Vaccination in Bombay 1874-1876 - 1874-1876
Year: 1874
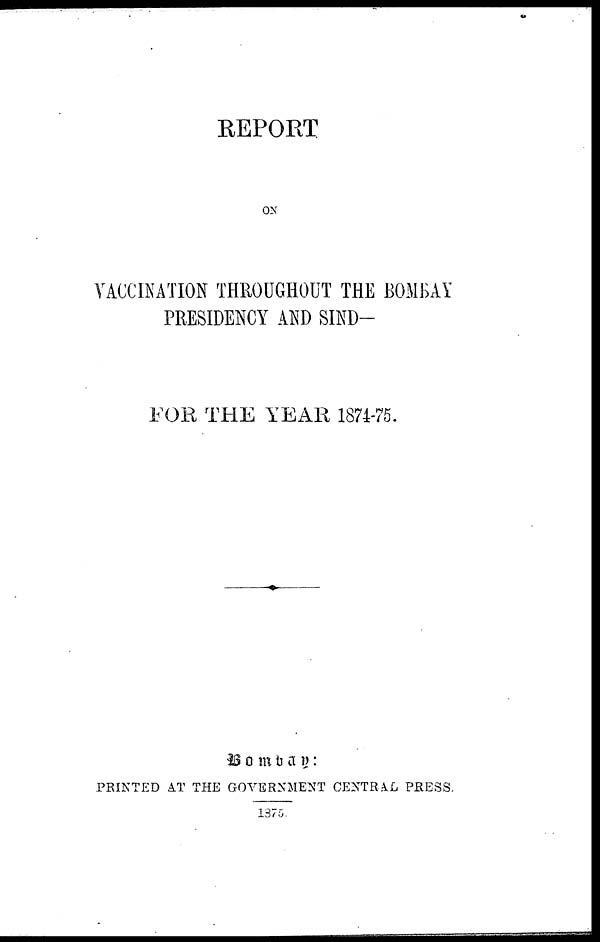
REPORT
ON
VACCINATION THROUGHOUT THE BOMBAY
PRESIDENCY AND SIND—
FOR THE YEAR 1874-75.
Bombay:
PRINTED AT THE GOVERNMENT CENTRAL PRESS.
1875.